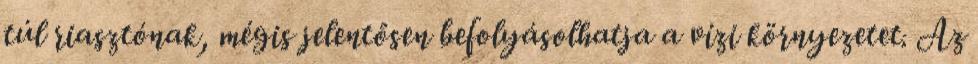
túl riasztónak, mégis jelentősen befolyásolhatja a vízi környezetet. Az